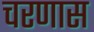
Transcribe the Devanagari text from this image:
चरणास